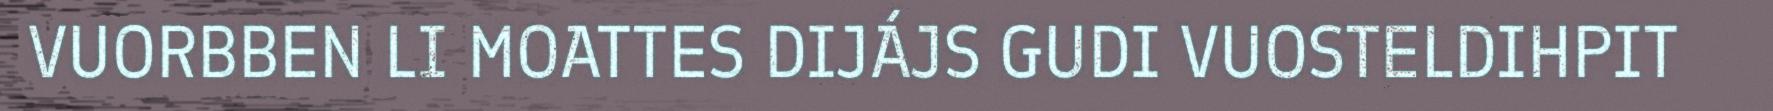
VUORBBEN LI MOATTES DIJÁJS GUDI VUOSTELDIHPIT